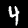
Label: 4